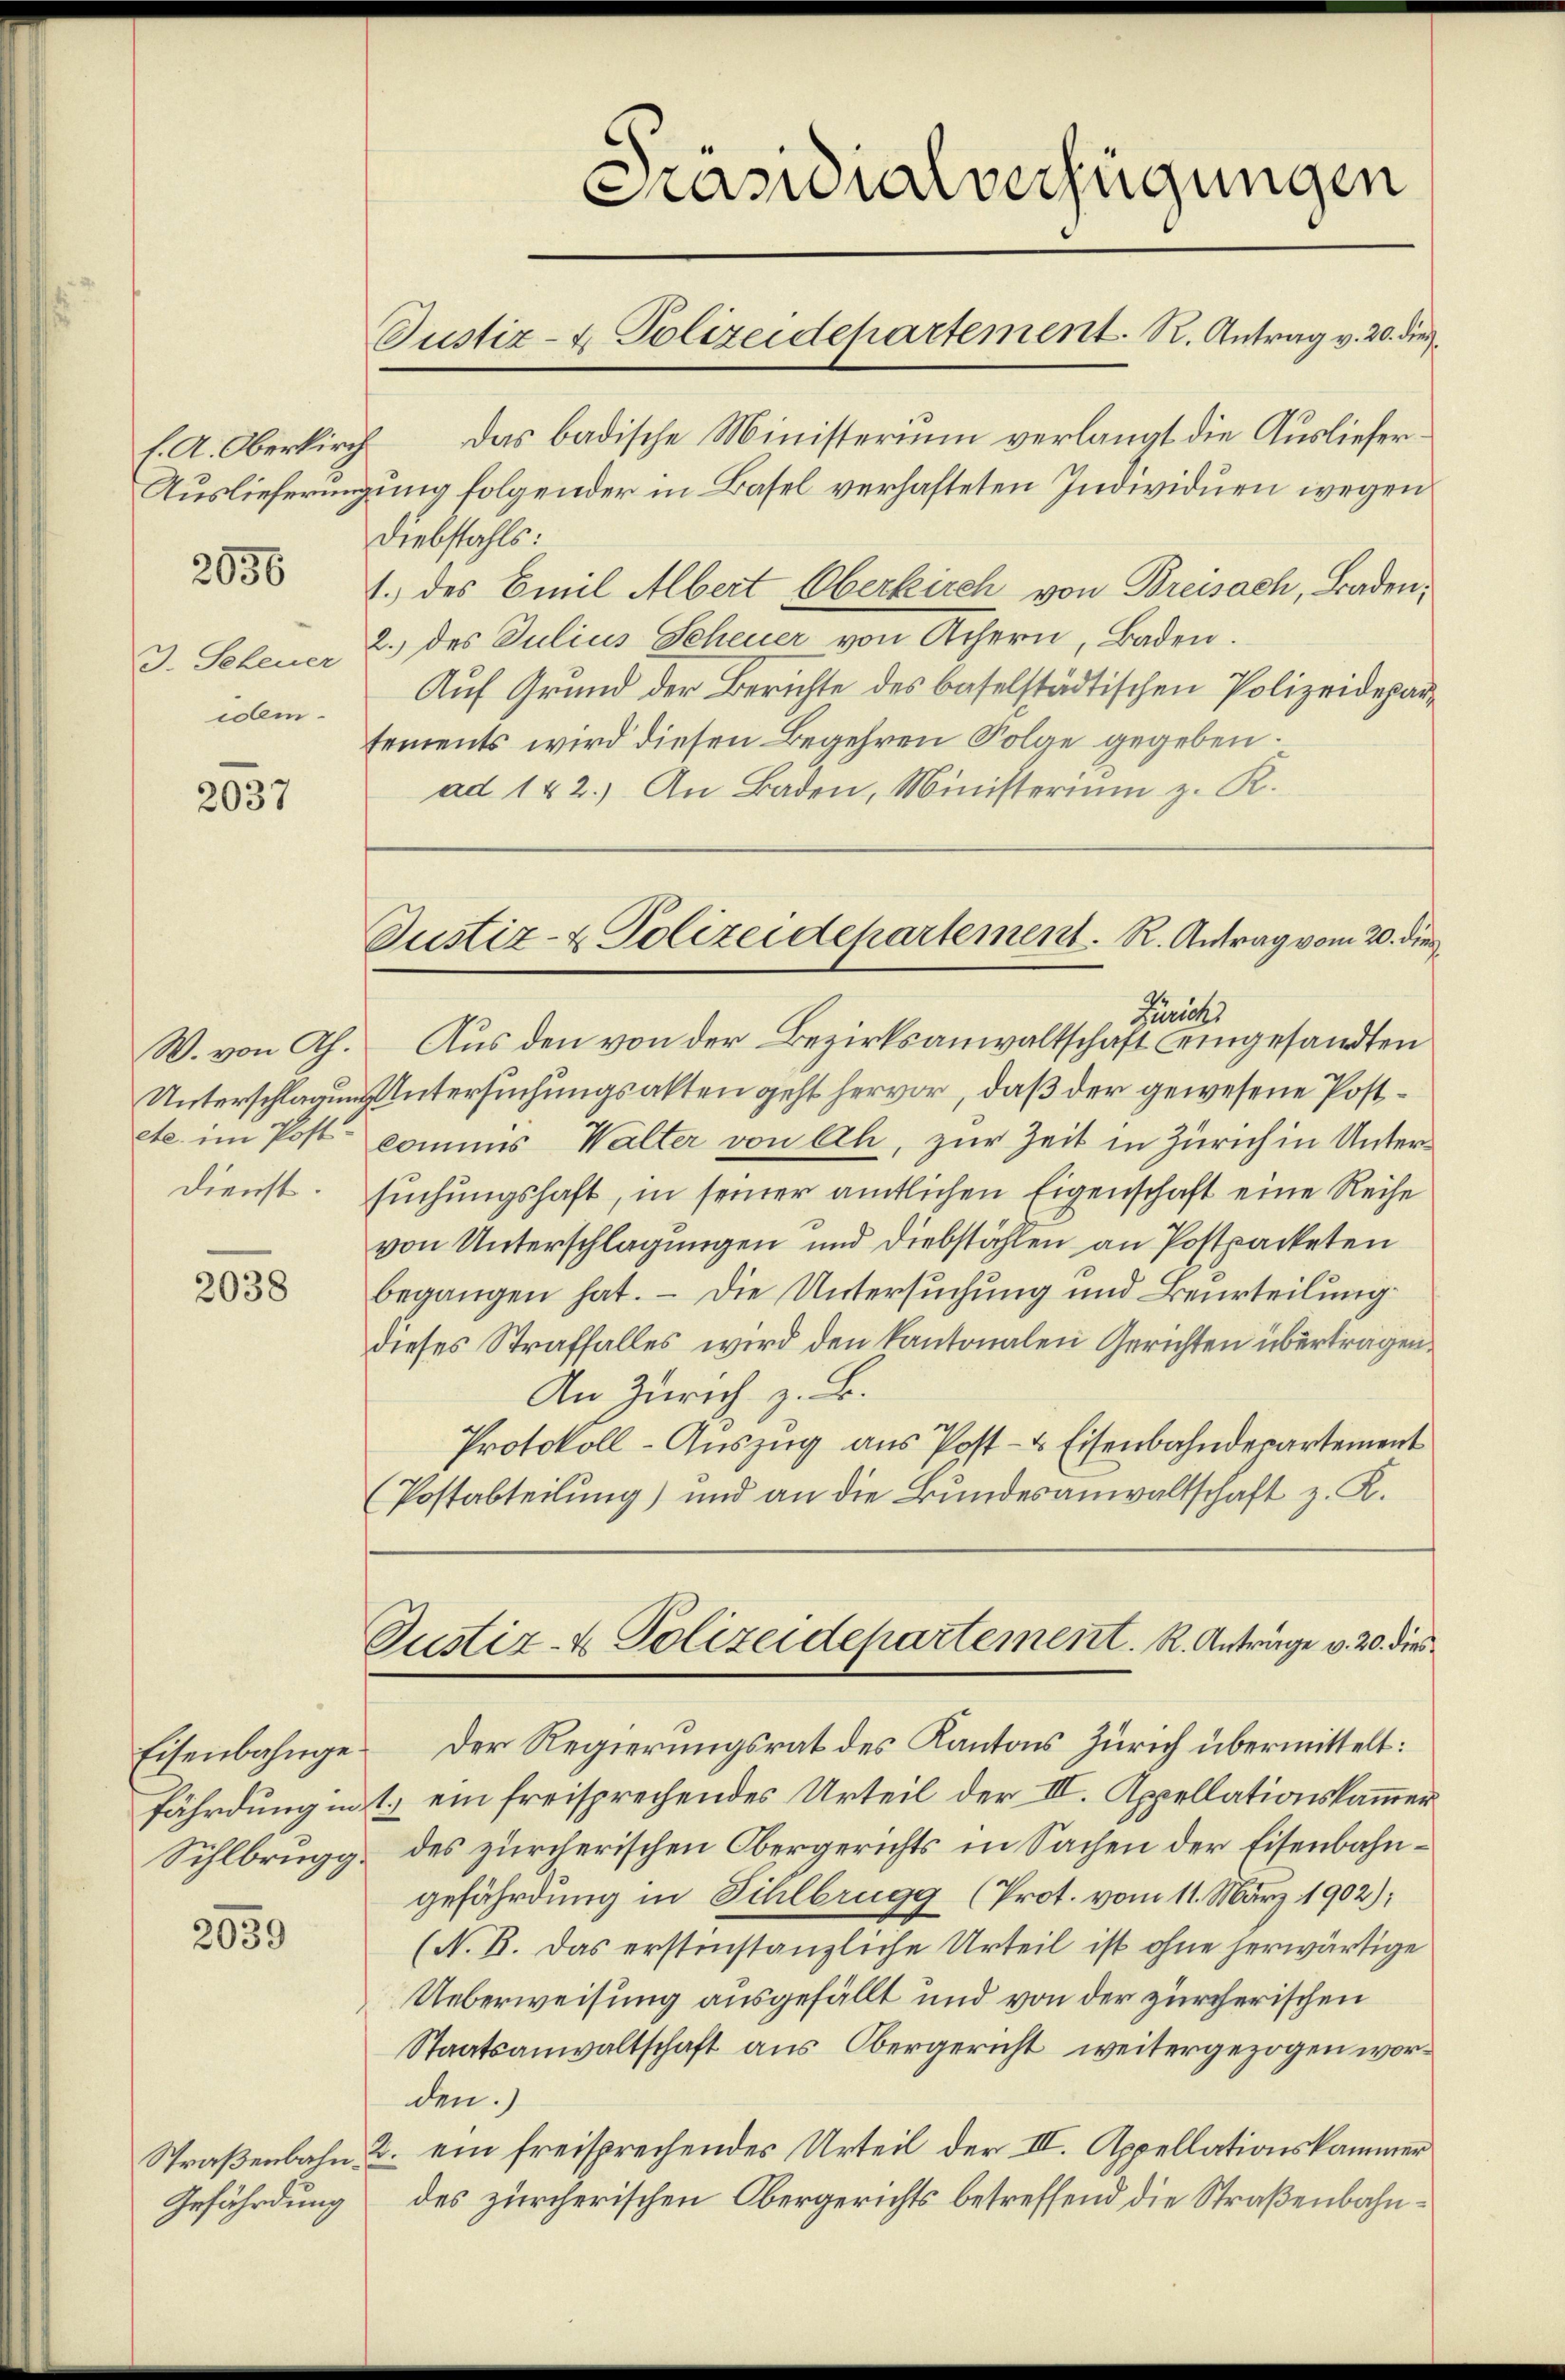
3. Seheuer
com¬

2037

W. von Ah.
Unterschlagung
etc. im Post-
Dienst.

2038

Eisenbahnge¬
Sihlbrugg.

2059

Gefährdung

Auslieferingung folgender in Basel verhafteten Individuen wegen
Diebstahls:
855 1. des Emil Albert Oberkirch von Breisach, Baden,
2. des Julius Scheuer von Achern, Baden.
Auf Grund der Berichte des baselstädtischen Polizeidepar¬
Eements wird diesen Begehren Folge gegeben.
ad 142.) An Baden, Ministerium z. R.

(Postabteilung) und an die Bundesanwaltschaft z. R.

Präsidialverfügungen
Justiz- & Polizeidepartement. R. Antrag v. 20. dies

Aus den von der Bezirksanwaltschaft eingesandten
Untersuchungsakten geht hervor, daß der gewesene Postcommis Walter von Ach, zur Zeit in Zürich in Untersuchungshaft, in seiner amtlichen Eigenschaft eine Reihe
von Unterschlagungen und Diebstählen an Postpacketen
begangen hat. – Die Untersuchung und Beurteilung
dieses Straffalles wird den Kantonalen Gerichten übertragen.
An Zürich z. B.
Protokoll-Auszug aus Post- & Eisenbahndepartement
Justiz- & Polizeidepartement. R. Anträge v. 20. dies
Der Regierungsrat des Kantons Zürich übermittelt:
fährdung in 1) ein freisprechendes Urteil der III. Appellationskammerdes zürcherischen Obergerichts in Sachen der Eisenbahngefährdung in Sihlbrugg (Prot. vom 11. März 1902);
(N. B. Das erstinstanzliche Urteil ist ohne herwärtige
Ueberweisung ausgefällt und von der zürcherischen
Staatsanwaltschaft aus Obergericht weitergezogen worden.)
Straßenbahn, u. ein freisprechendes Urteil der III. Appellationskammer
des zürcherischen Obergerichts betreffend die Straßenbahn¬

s.A. Oberkirch das badische Ministerium verlangt die Ausliefer¬

Justiz- & Polizeidepartement. R. Antrag vom 20. die
Zürichs